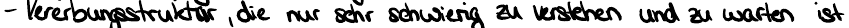
- Vererbungsstruktur, die nur sehr schwierig zu verstehen und zu warten ist